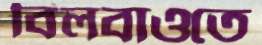
বিলবাওতে